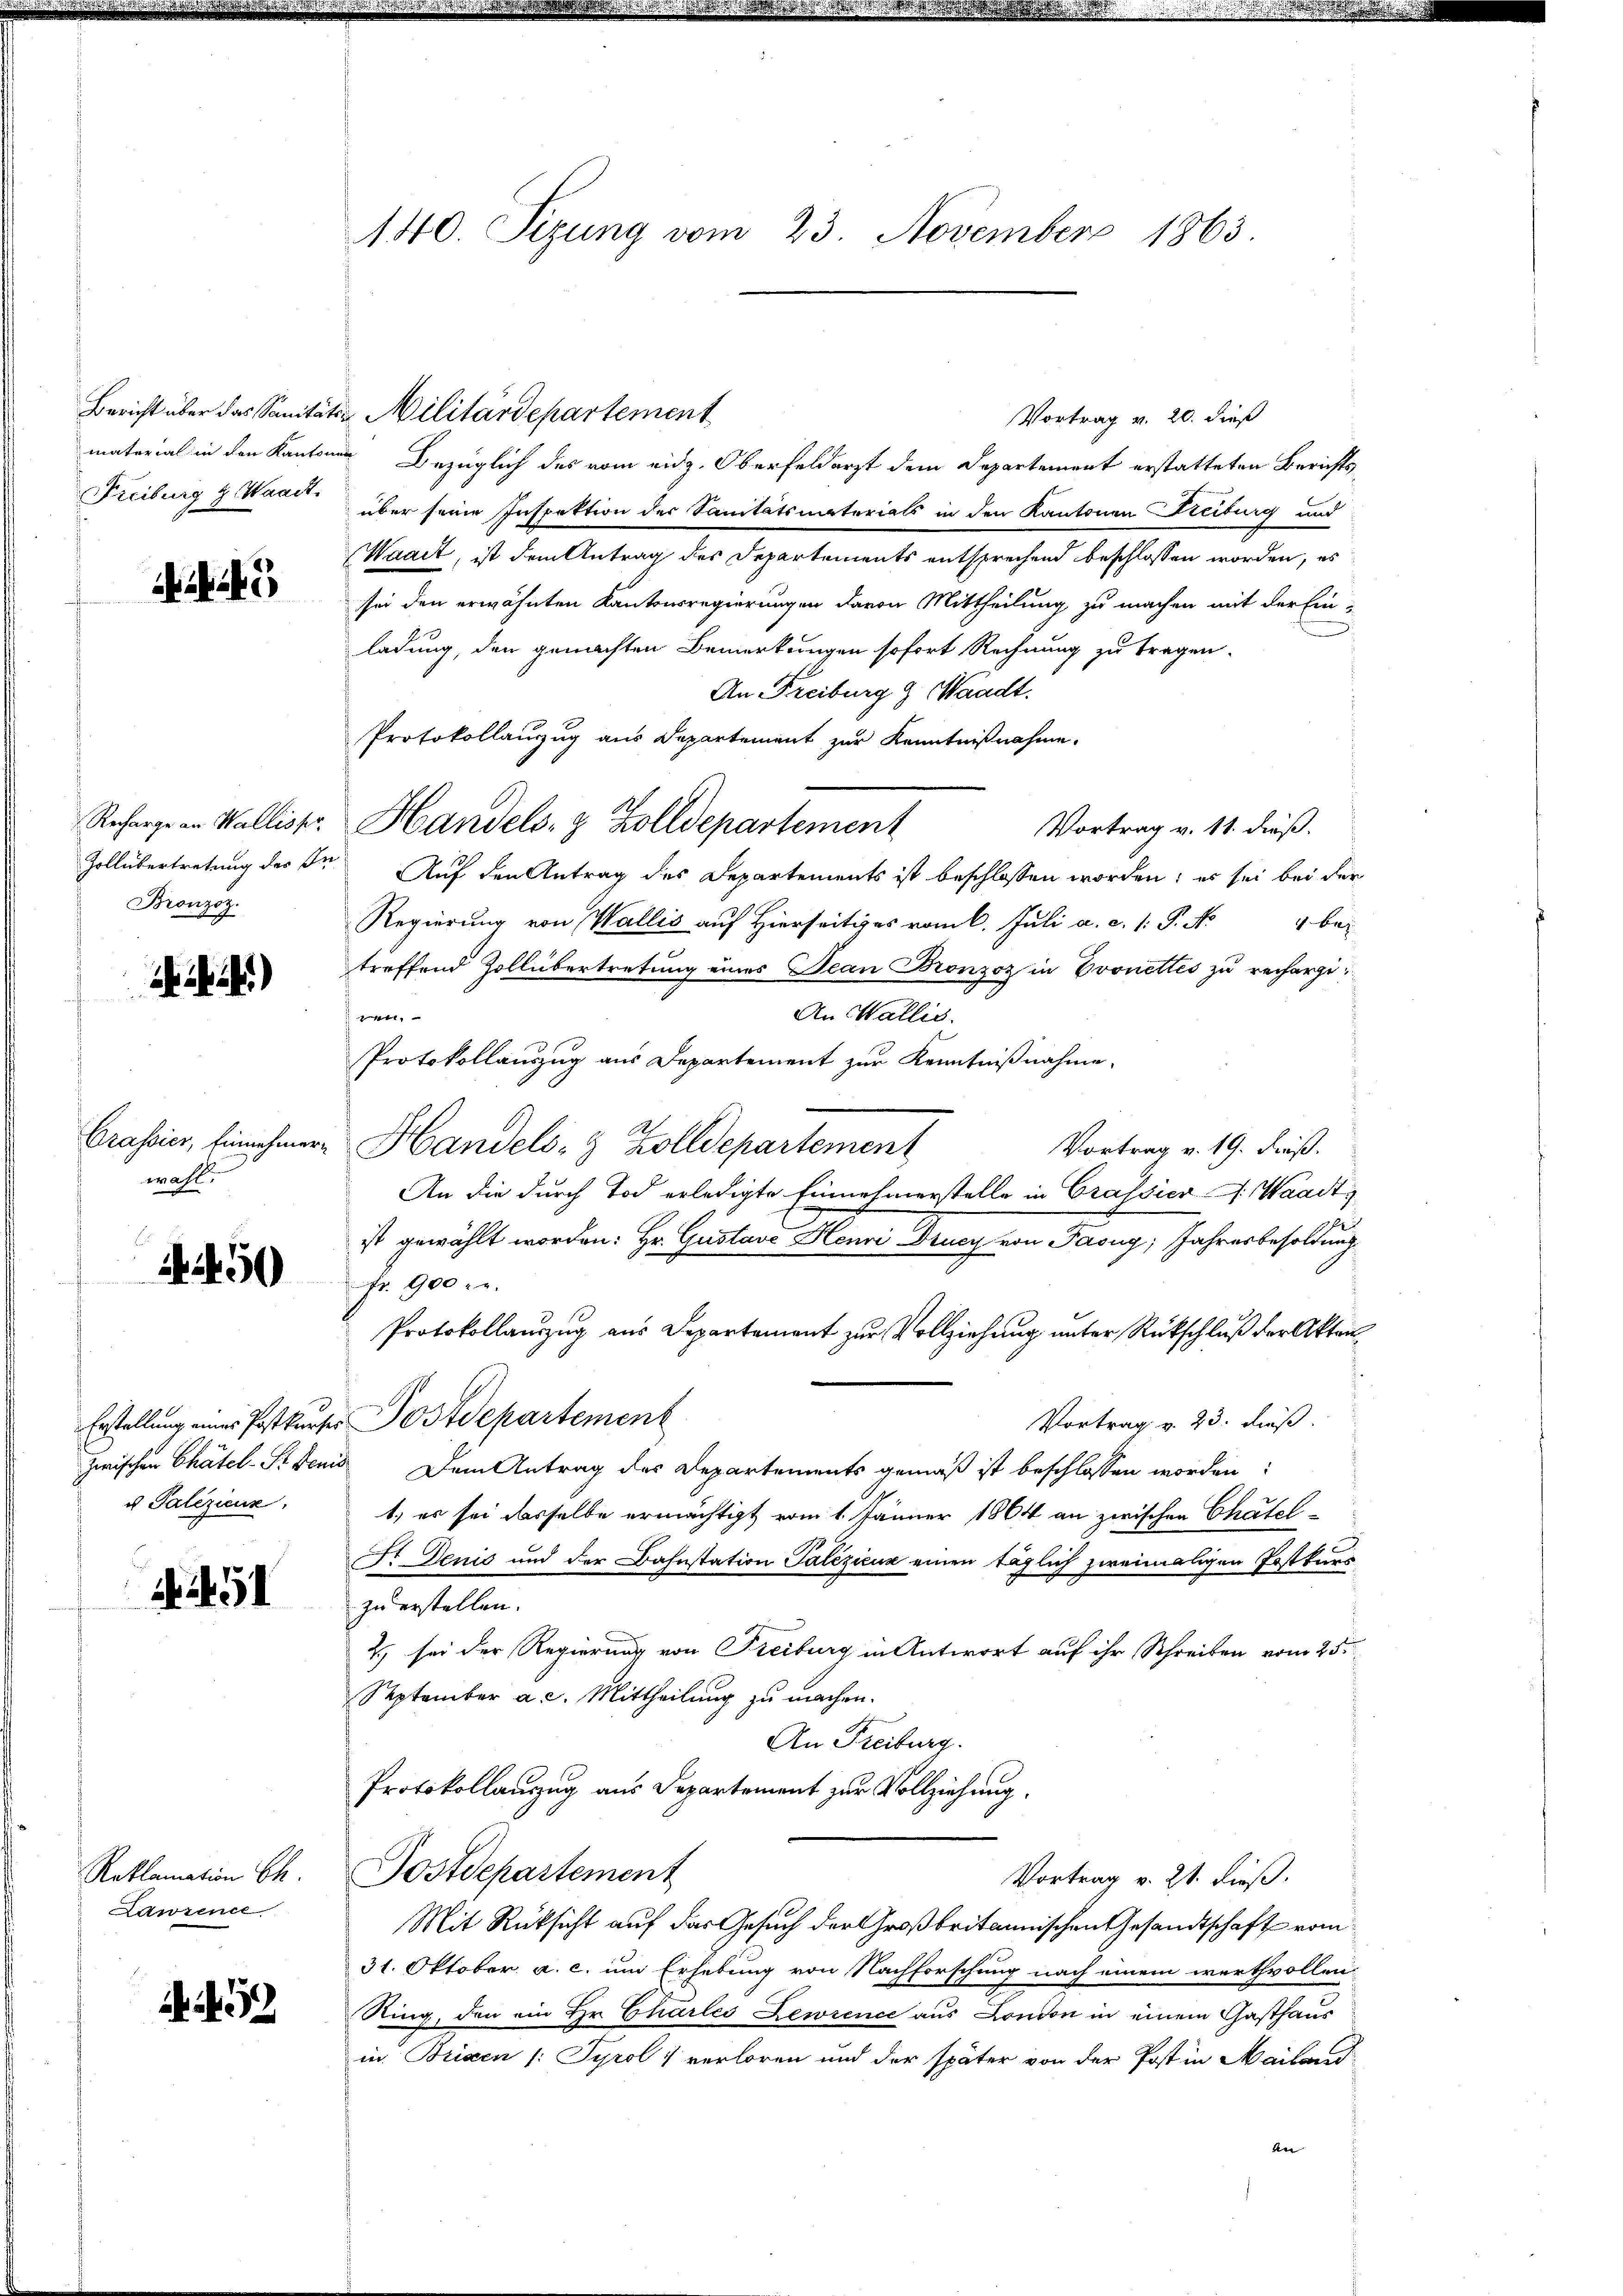
material in den Kanton
Freiburg & Waadt.

Recharge an Wallis pr
Zollübertretung des In
Bronzoz.

)

Grassier, Einnehmer
wahl.

450

u Palezicun

1451

Reklamation Ch.
Lawrence

A452

140. Sizung vom 23. November 1863.

Bericht über das Sanitäts Militärdepartement
Vortrag v. 20. dieß
nn Bezüglich des vom eidg. Oberfeldarzt dem Departement erstatteten Berichtsüber seine Inspektion des Sanitätsmaterials in den Kantonen Freiburg und
Waadt, ist dem Antrag des Departements entsprechend beschlossen worden, es
sei den erwähnten Kantonsregierungen davon Mittheilung zu machen mit der Einladung, den gemachten Bemerkungen sofort Rechnung zu tragen.
An Freiburg & Waadt.
Protokollanzug aus Departement zur Kenntnißnahme.
Handels- & Zolldepartement
Vortrag v. 11. dieß.
Auf den Antrag des Departements ist beschlossen worden; es sei bei der
Regierung von Wallis auf Hierseitiges vom 6. Juli a. c. 1: P. N
1 Bez
treffend Zollübertretung eines Jean Bronzoz in Evonettes zu rechargil
An Wallis.
Protokollauszug aus Departement zur Kenntnißnahme.
Handels- & Zolldepartement
Vortrag v. 19. dieß.
An die durch Tod erledigte Einnehmerstelle in Grassiers. Waadt,
ist gewählt worden: Hr. Gustave Henri Drucy von Paony; Jahresbesoldung
Fr. 900 c.
Protokollauszug aus Departement zur Vollziehung unter Rückschluß der Akten
Erstellung eines Postkurser Postdepartement
Vortrag v. 23. Fuß.
zwischen Chätel-Stdenia Dem Antrag des Departements gemäß ist beschlossen worden:
1.) es sei dasselbe ermächtigt vom 1. Jänner 1864 an zwischen Chätel-
F. Denis und der Bahnstation Palezicus einen täglich zweimaligen Postkurs
zu erstellen.
2) sei der Regierung von Freiburg in Antwort auf ihr Schreiben vom 25.
September a. c. Mittheilung zu machen.
An Freiburg.
Protokollauszug aus Departement zur Vollziehung.
Postdepartement
Vortrag v. 21. dieß.
Mit Rücksicht auf das Gesuch der Großbritannischen Gesandtschaft vom
31. Oktober a. c. um Erhebung von Nachforschung nach einem werthvollen:
Ring, den ein Hr. Charlei Lewrence aus London in einem Gasthaus
in Brixen /: Tyrol 1 verloren und der später von der Post in Mailand
en